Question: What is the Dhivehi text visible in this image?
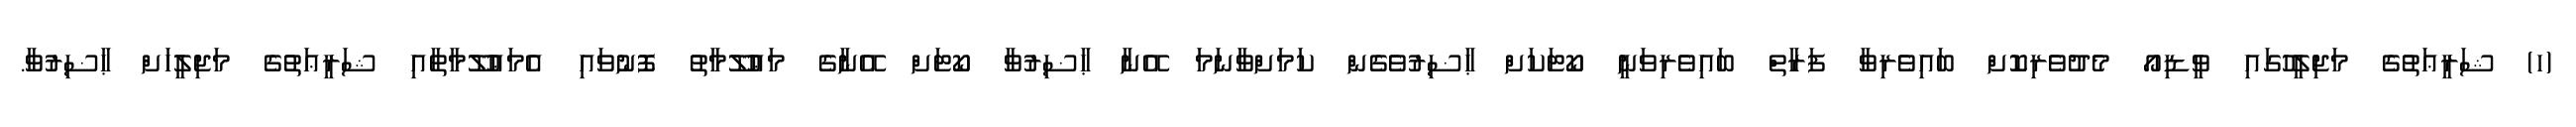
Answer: (ހ) ޝަރީޢަތުގެ މަޖިލީހުގައި ވީޑިއޯ މެދުވެރިކޮށް ބައިވެރިވާ ފަރާތް ބައިވެރިވަނީ ކޯޓަކަށް ޙާޟިރުވެގެން ކަމަށްވާނަމަ އޭނާ ޙާޟިރުވާ ކޯޓަށް އޭނާގެ މަޢުލޫމާތު ފޮނުވައި އެމަޢުލޫމާތާއި ޝަރީޢަތުގެ މަޖިލީހަށް ޙާޟިރުވާ.